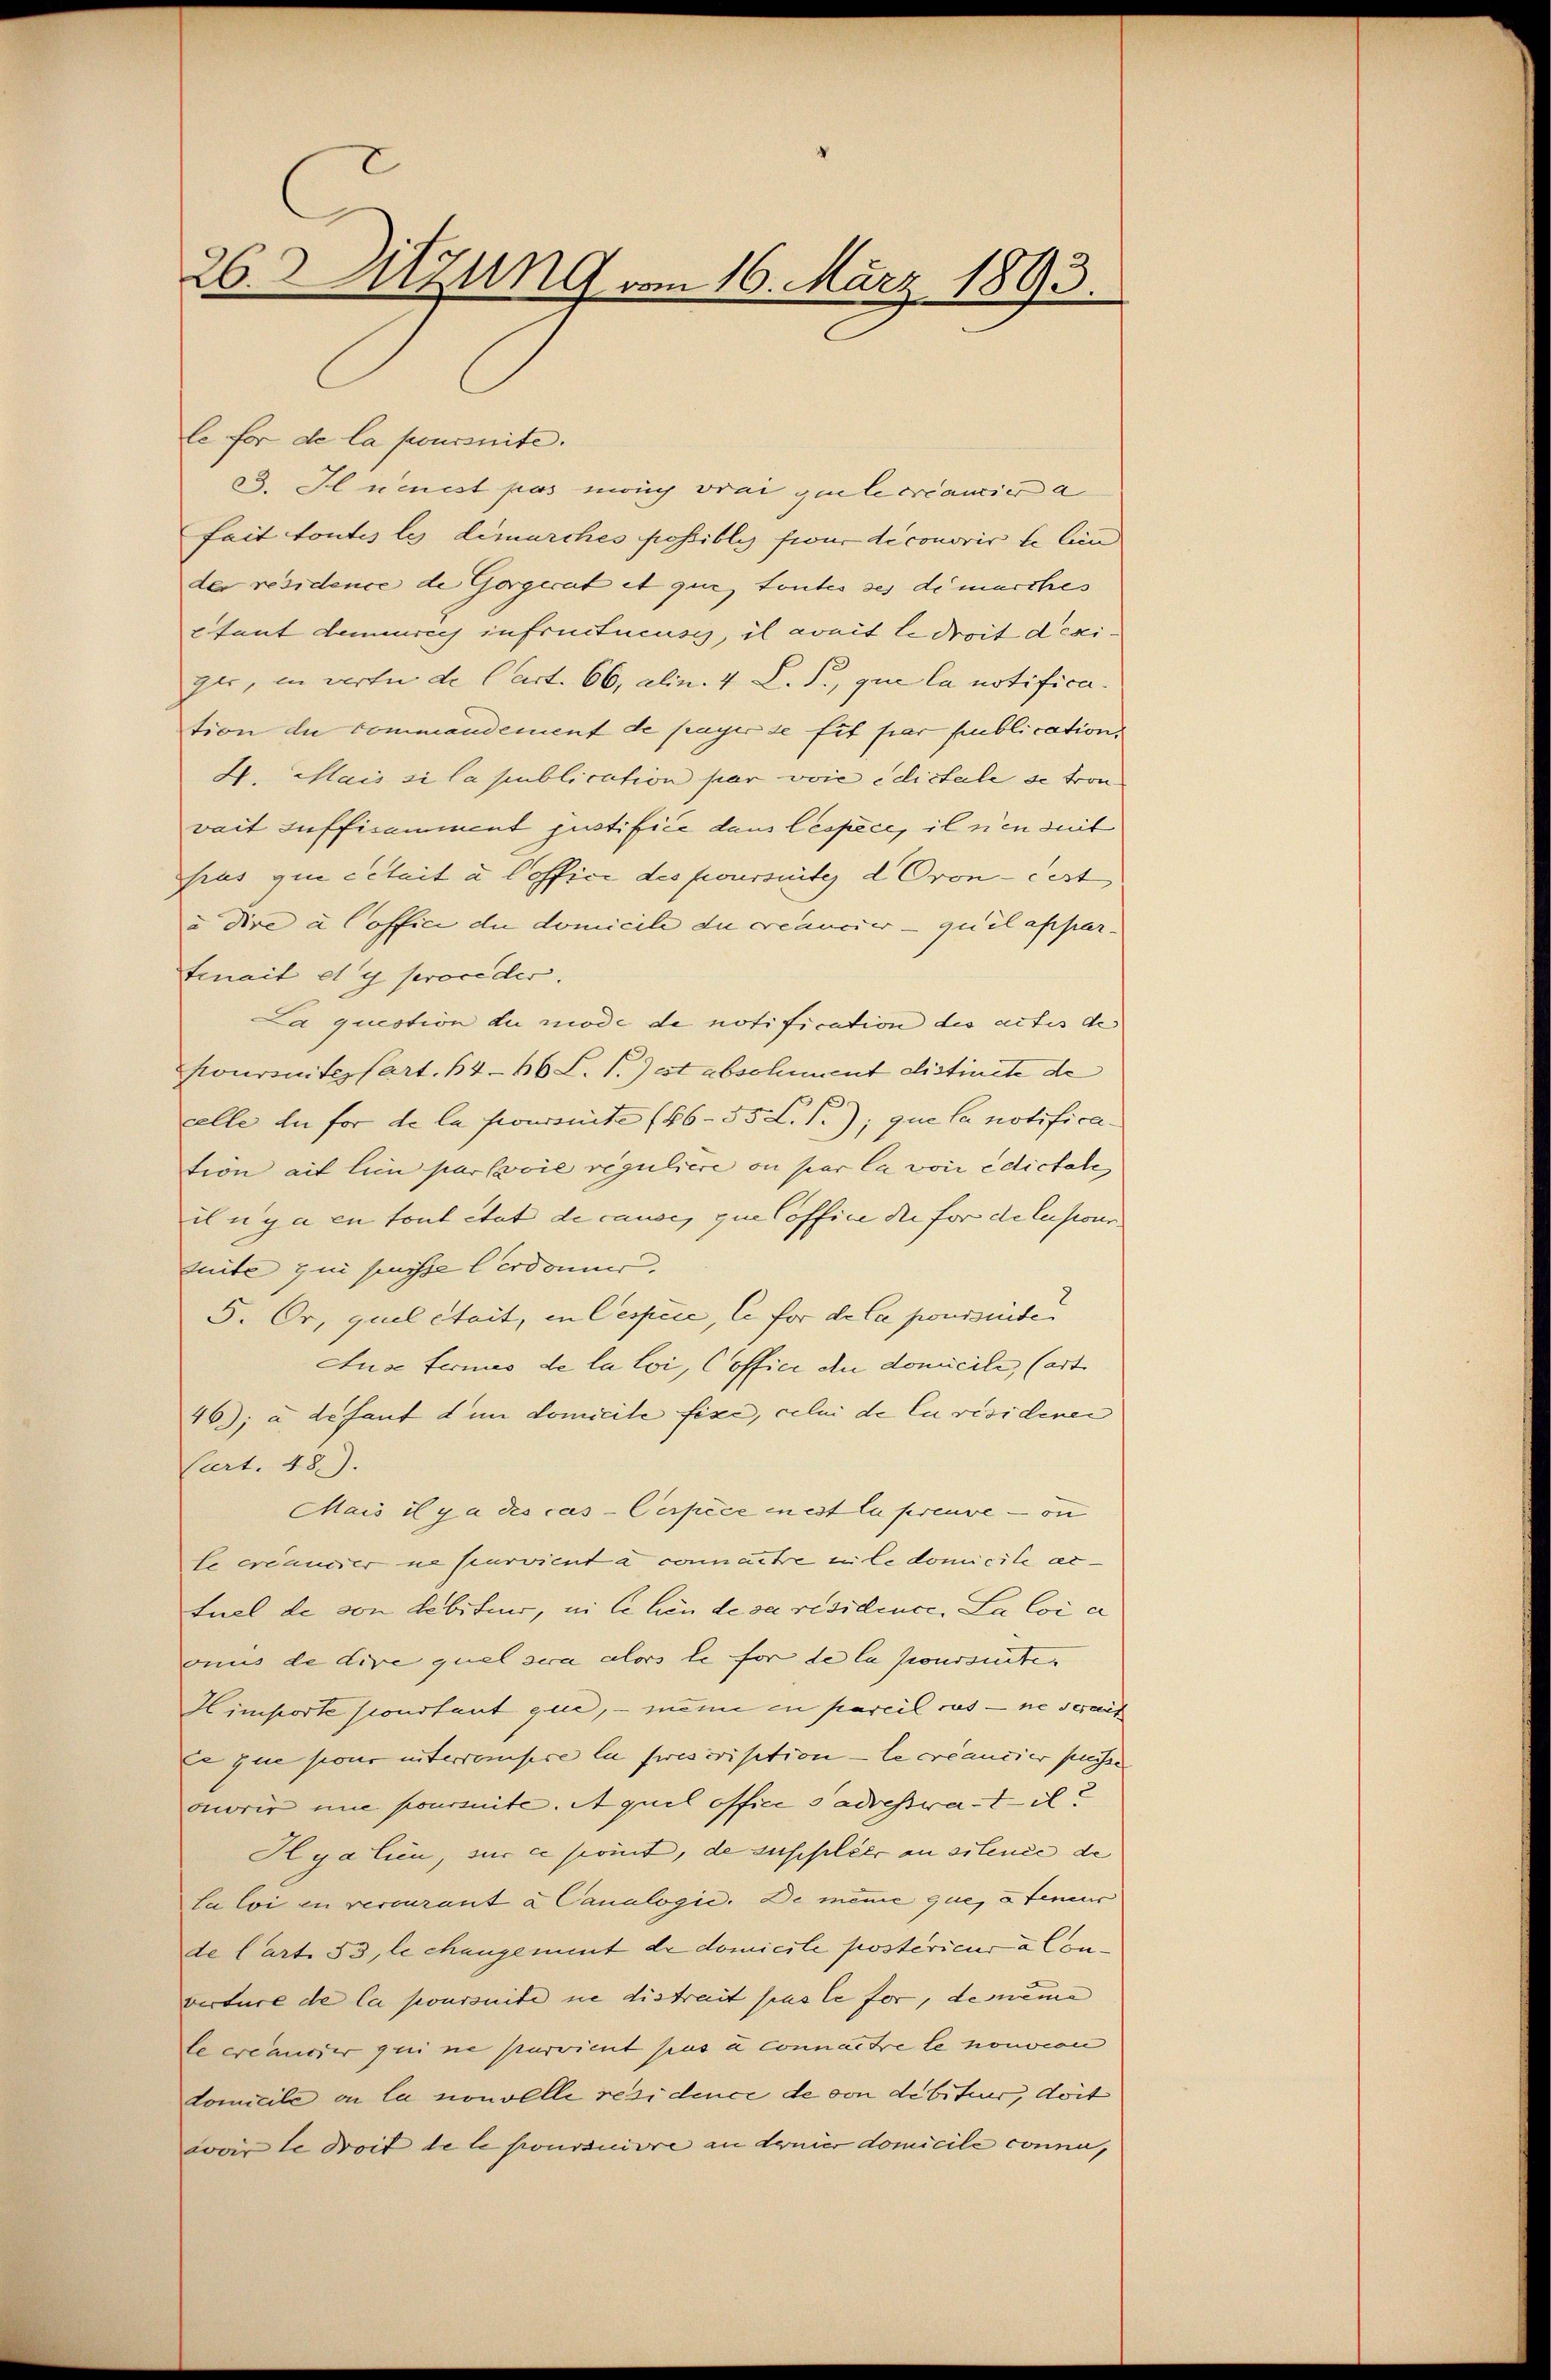
26. dizung vom 16. März 1893.

le für de la joursuite.
33. Il neuest pas manch vrai quele créancier a
fait toutes les demarches possibles frour diconorir le lin
der residence de Gorgerat et que toutes des di marches
Etant demeurech infructucus, il avait le droit deciger, in werte de Cart. 66, alin. 4 L. S., que la notifica
tion die commandement de payer se fit par publications
4. Mais si la publication par voie edictale se tron
vait suffisamment justifice dans lespeci, il n’en mit
sius que cetait à loffice des poursuite d. Croncert
u dire a Coffici du domicile die créancier qu’il appar-
trait et y proceder.
a question du mode de notification des actis de
sourinitis Part. 64-66 L. S. Jost abschiment distincte de
celle du for de la foursuite (86-55 L. S.); que la notification ait lien par sowie reguliere ou par la von edictate
inga en tout etat de cause, que loffice die für de lusions
mite zur passte Cordonner,
5. Or, quel était, in Cespice, le for de la poursende
Ause fernus de la loi, Coffice du domicile, (art
46); à défaut dem domicile fixe, celui de la résidenen
Cart. 48).
Mais il ja des cas - Cerpice in est la preuve — on
le créancier ne survient a connaitre in le domicile ertuel de von debiteur, in le bin de sa residence. La loi e
onus de dire quel sera alors le für de la poursuite.
Himporte sonstant que, – meine in pareil cus – ne serait
xe zue pour interrenisire la prescrisition - le créancier puisse
onoris une poursite. Aquel office s’adrestrati
Hyalien, sur ce somit, de suschlier an silence de
la loi en veccurant a Canalogie. De meine que, à teneur
de Cart. 53, le changement de domicile postericus à Converture de la joursuite nie distrait pas le for, dememe
leereausser qui ne parvient sus un connaitre le nouvion
domicile a la nouvelle residence de von debituer, doit
voir le droit de le poursuivre an denier domicile conna,